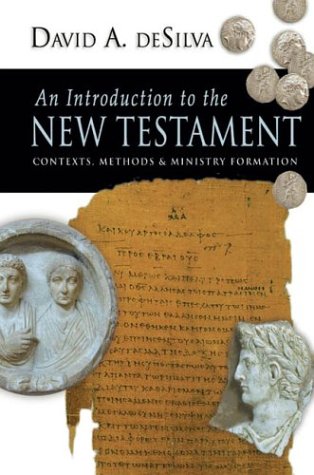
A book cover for An Introduction to the New Testament: Contexts, Methods  Ministry Formation; David A. deSilva; Christian Books & Bibles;